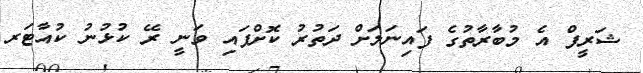
ޝަރީފް އެ މުބާރާތުގެ ފައިނަލަށް ދަތުރު ކޮށްފައި ވަނީ ރޭ ކުޅުނު ކުއާޓަރ